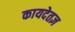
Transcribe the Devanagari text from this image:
कायदेतज्ञ